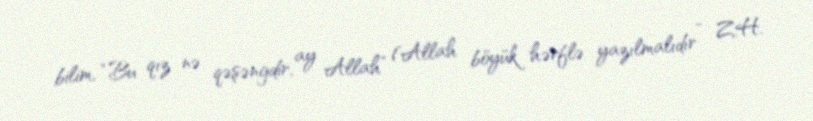
bilim, “Bu qız nə qəşəngdir, ay Allah” (Allah böyük hərflə yazılmalıdır - Z.H.